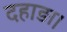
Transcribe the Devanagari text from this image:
दहाड़ा।